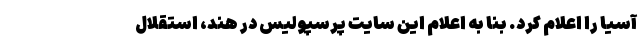
آسیا را اعلام کرد. بنا به اعلام این سایت پرسپولیس در هند، استقلال